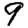
Digit: 9